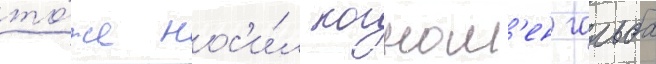
то́же нос'и́л когном'ен гальба